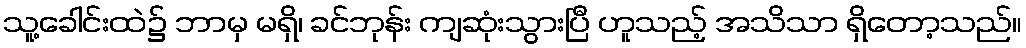
သူ့ခေါင်းထဲ၌ ဘာမှ မရှိ၊ ခင်ဘုန်း ကျဆုံးသွားပြီ ဟူသည့် အသိသာ ရှိတော့သည်။